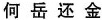
何岳还金